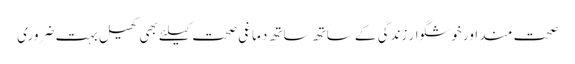
صحت مند اور خوشگوار زندگی کے ساتھ ساتھ دماغی صحت کیلئے بھی کھیل بہت ضروری